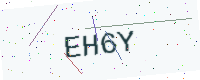
Text: EH6Y